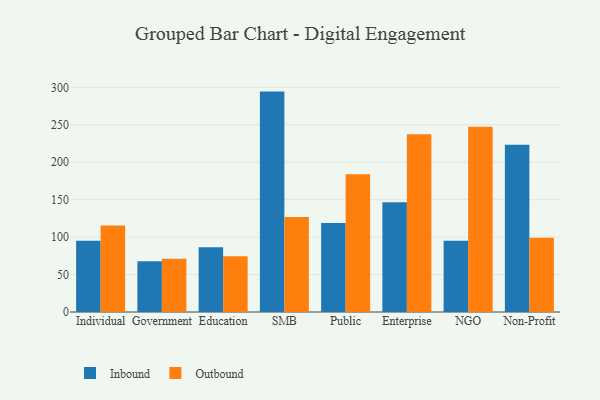
{"axis": {"x": "Segment", "y": "Satisfaction Score"}, "legend": ["Inbound", "Outbound"], "data": [{"x": "Individual", "y": 95.3, "type": "Inbound"}, {"x": "Individual", "y": 115.5, "type": "Outbound"}, {"x": "Government", "y": 67.7, "type": "Inbound"}, {"x": "Government", "y": 71.2, "type": "Outbound"}, {"x": "Education", "y": 86.3, "type": "Inbound"}, {"x": "Education", "y": 74.5, "type": "Outbound"}, {"x": "SMB", "y": 294.3, "type": "Inbound"}, {"x": "SMB", "y": 126.9, "type": "Outbound"}, {"x": "Public", "y": 118.9, "type": "Inbound"}, {"x": "Public", "y": 183.8, "type": "Outbound"}, {"x": "Enterprise", "y": 146.5, "type": "Inbound"}, {"x": "Enterprise", "y": 237.2, "type": "Outbound"}, {"x": "NGO", "y": 95.1, "type": "Inbound"}, {"x": "NGO", "y": 247.5, "type": "Outbound"}, {"x": "Non-Profit", "y": 223.2, "type": "Inbound"}, {"x": "Non-Profit", "y": 99.0, "type": "Outbound"}]}